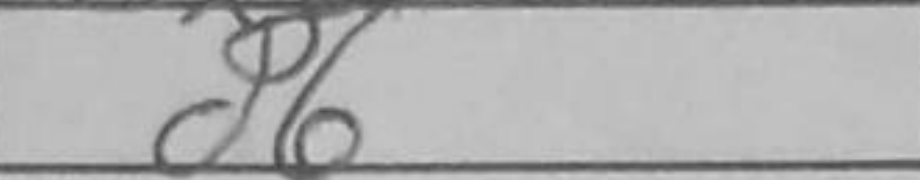
Transcription: d6